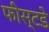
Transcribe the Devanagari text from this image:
फीस्टडे